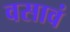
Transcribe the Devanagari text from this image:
वसावं